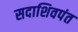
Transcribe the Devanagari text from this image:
सदाशिवपंत